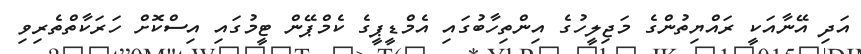
އަދި އޭނާއަކީ ރައްޔިތުންގެ މަޖިލީހުގެ އިންތިހާބުގައި އެމްޑީޕީގެ ކެމްޕޭން ޓީމުގައި އިސްކޮށް ހަރަކާތްތެރިވި